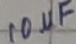
Text: 10µF